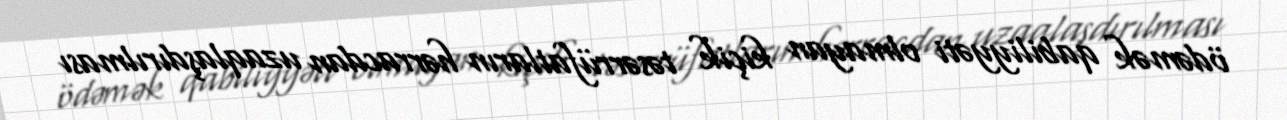
ödəmək qabiliyyəti olmayan kiçik təsərrüfatların hərracdan uzaqlaşdırılması